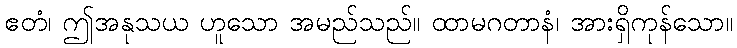
ဧတံ၊ ဤအနုသယ ဟူသော အမည်သည်။ ထာမဂတာနံ၊ အားရှိကုန်သော။